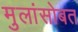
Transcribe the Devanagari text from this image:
मुलांसोबत